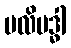
ဗလိဗဒ္ဓါ